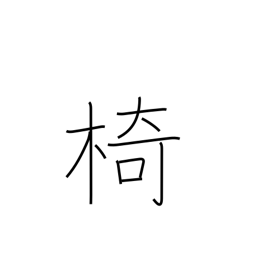
Meaning: chair